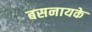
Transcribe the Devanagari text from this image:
बसनायके